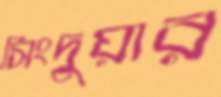
সিংদুয়ার